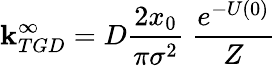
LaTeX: \mathbf{k}_{TGD}^{\infty}=D\frac{{2x_{0}}}{{\pi\sigma^{2}}}\ \frac{{e^{-U(0)}}}{{Z}}